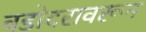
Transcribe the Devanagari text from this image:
वडोदरावरून